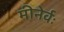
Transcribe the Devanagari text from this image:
मीनेर्वः